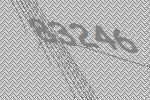
83246